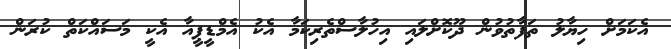
އެކަމަށް ހިޔާލު ތަފާތުވުން ދޫކޮށްލައި އިހުލާސްތެރިކަމާ އެކު އެމްޑީޕީއާ އެކީ މަސައްކަތް ކުރަން